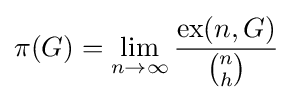
\pi (G)=\lim _{n\to \infty }{\frac {\operatorname {ex} (n,G)}{\binom {n}{h}}}